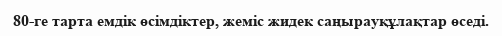
80-ге тарта емдік өсімдіктер, жеміс жидек саңырауқұлақтар өседі.